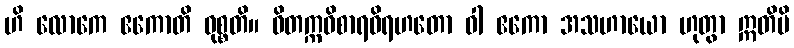
ဟိ လောကေ ဧကောတိ ဝုစ္စတိ။ ဝိတက္ကဝိစာရဝိရဟတော ဝါ ဧကော အသဟာယော ဟုတွာ ဣတိပိ